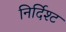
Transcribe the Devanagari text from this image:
निर्दिश्ट